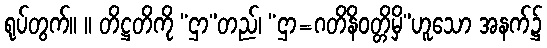
ရုပ်တွက်။ ။ တိဋ္ဌတိကို “ဌာ”တည်၊ “ဌာ=ဂတိနိဝတ္တိမှိ”ဟူသော အနက်၌